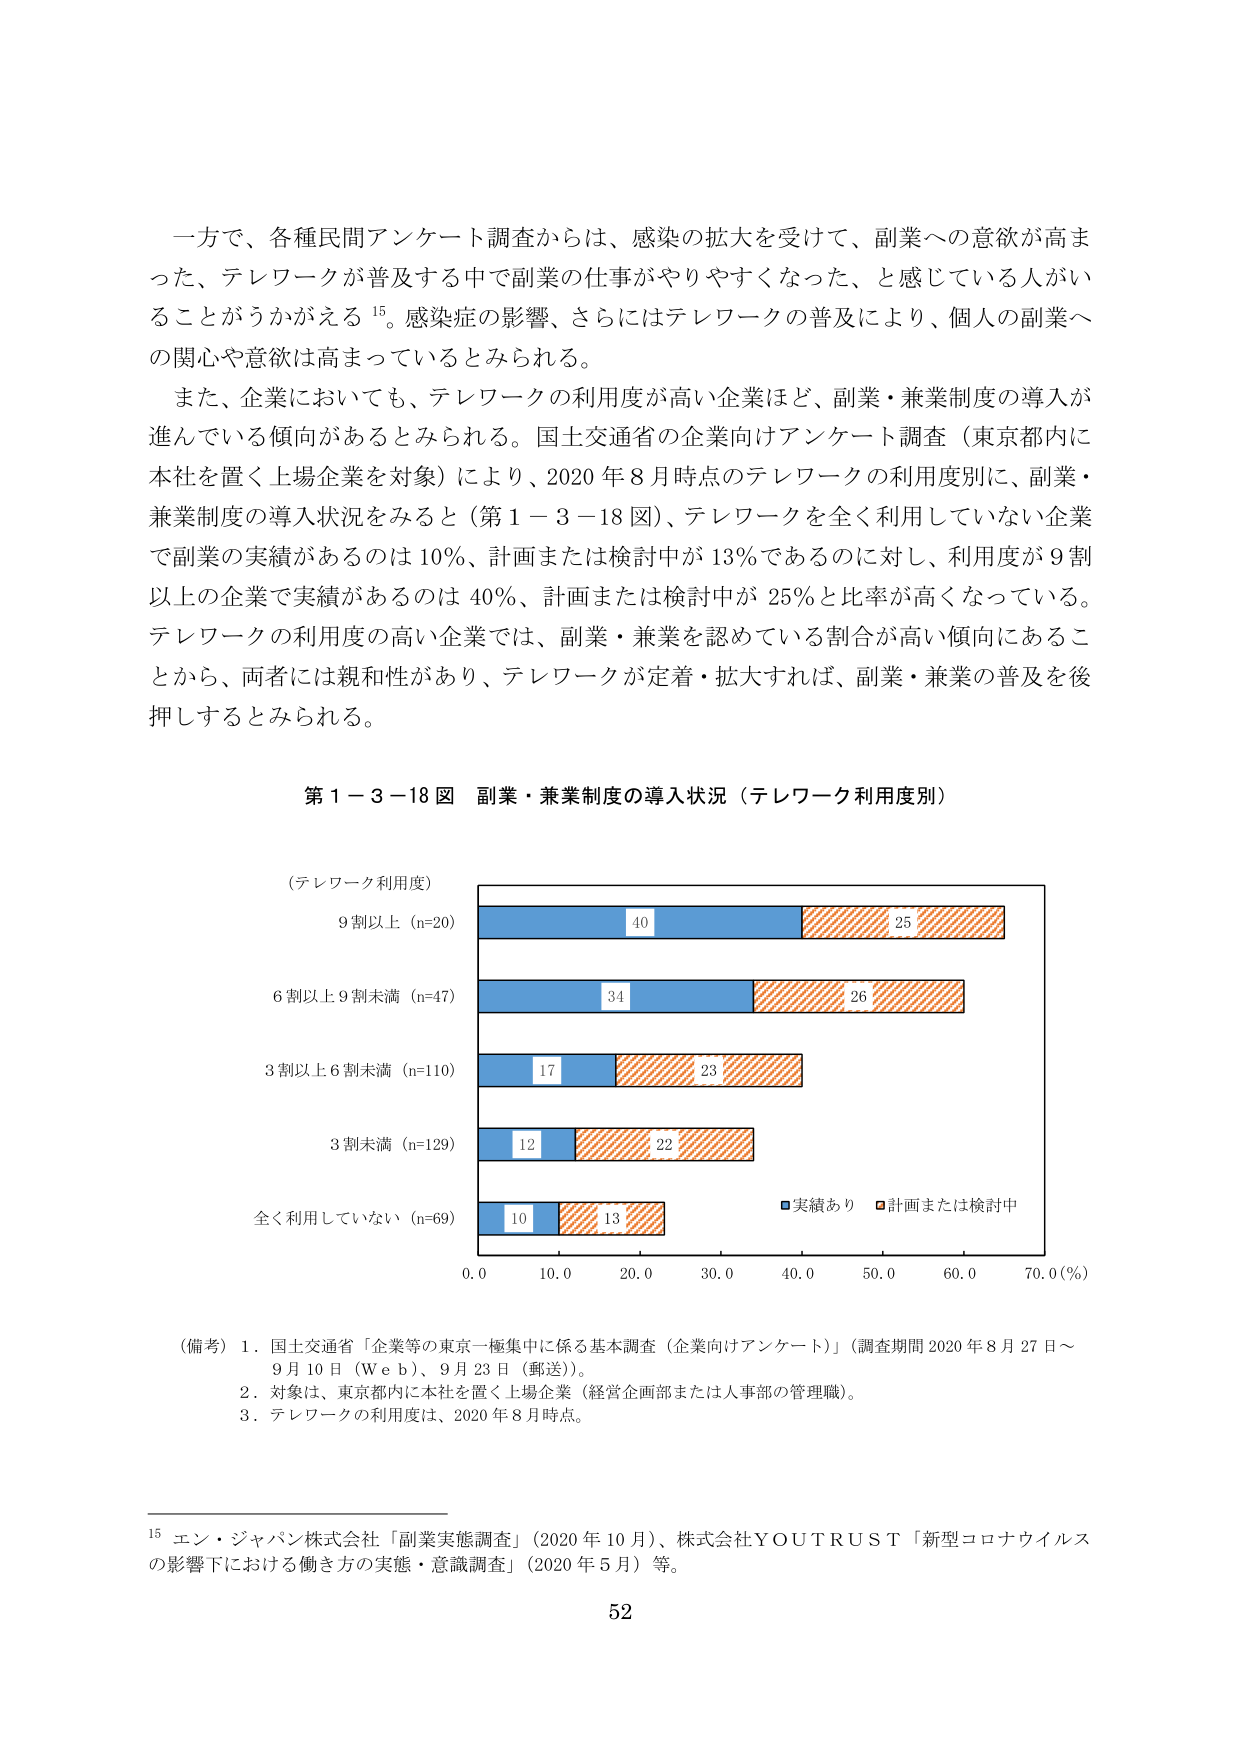
一方で、各種民間アンケート調査からは、感染の拡大を受けて、副業への意欲が高まった、テレワークが普及する中で副業の仕事がやりやすくなった、と感じている人がいることがうかがえる¹⁵。感染症の影響、さらにはテレワークの普及により、個人の副業への関心や意欲は高まっているとみられる。

また、企業においても、テレワークの利用度が高い企業ほど、副業・兼業制度の導入が進んでいる傾向があるとみられる。国土交通省の企業向けアンケート調査（東京都内に本社を置く上場企業を対象）により、2020年8月時点のテレワークの利用度別に、副業・兼業制度の導入状況をみると（第1－3－18図）、テレワークを全く利用していない企業で副業の実績があるのは10％、計画または検討中が13％であるのに対し、利用度が9割以上の企業で実績があるのは40％、計画または検討中が25％と比率が高くなっている。テレワークの利用度の高い企業では、副業・兼業を認めている割合が高い傾向にあることから、両者には親和性があり、テレワークが定着・拡大すれば、副業・兼業の普及を後押しするとみられる。

第1－3－18図 副業・兼業制度の導入状況（テレワーク利用度別）

（テレワーク利用度）
9割以上（n=20）　　　　　　　　40　　　　　　25
6割以上9割未満（n=47）　　　　　34　　　　　　26
3割以上6割未満（n=110）　　　　17　　　　　　23
3割未満（n=129）　　　　　　　　12　　　　　　22
全く利用していない（n=69）　　　10　　　　　　13

■実績あり　■計画または検討中

0.0　　10.0　　20.0　　30.0　　40.0　　50.0　　60.0　　70.0（％）

（備考）1．国土交通省「企業等の東京一極集中に係る基本調査（企業向けアンケート）」（調査期間2020年8月27日～9月10日（Web）、9月23日（郵送））。
　　　2．対象は、東京都内に本社を置く上場企業（経営企画部または人事部の管理職）。
　　　3．テレワークの利用度は、2020年8月時点。

¹⁵ エン・ジャパン株式会社「副業実態調査」（2020年10月）、株式会社YOUTRUST「新型コロナウイルスの影響下における働き方の実態・意識調査」（2020年5月）等。

52